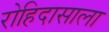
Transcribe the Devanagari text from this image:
रोहिदासाला